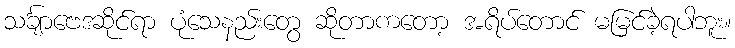
သင်္ချာဗေဒဆိုင်ရာ ပုံသေနည်းတွေ ဆိုတာကတော့ အရိပ်တောင် မမြင်ခဲ့ရပါဘူး။